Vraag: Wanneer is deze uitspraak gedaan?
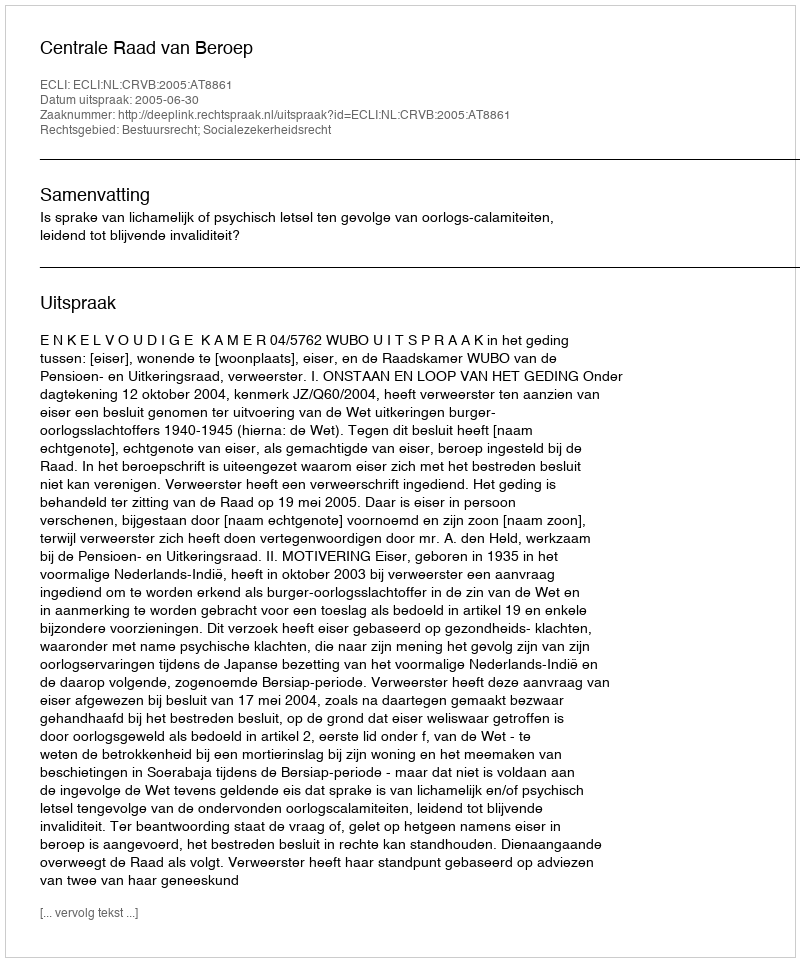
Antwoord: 2005-06-30